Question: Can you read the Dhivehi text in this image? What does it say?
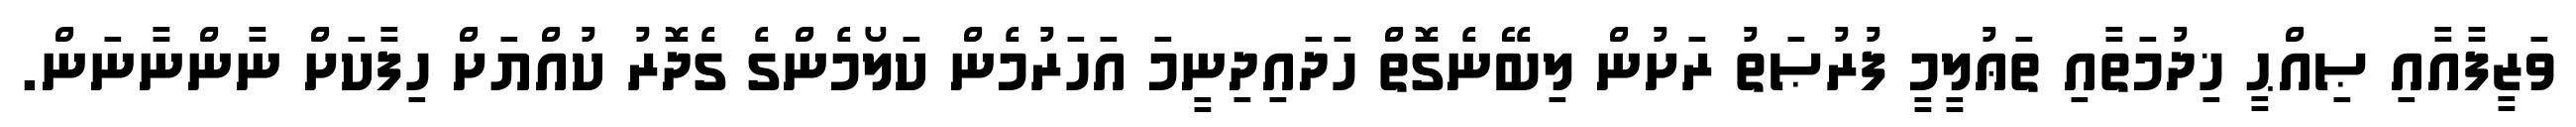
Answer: ވަޒީފާއާއި ޞިއްޙީ ޚިދުމަތާއި ތަޢުލީމީ ފުރުޞަތު ރަށުން ލިބޭނެގޮތް ހަދައިދިނީމަ އަހަރުމެން ކަލޯމެންގެ ގެދޮރު ކުއްޔަށް ހިފާކަށް ނާންނާނަން.